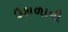
ઉકાળાની